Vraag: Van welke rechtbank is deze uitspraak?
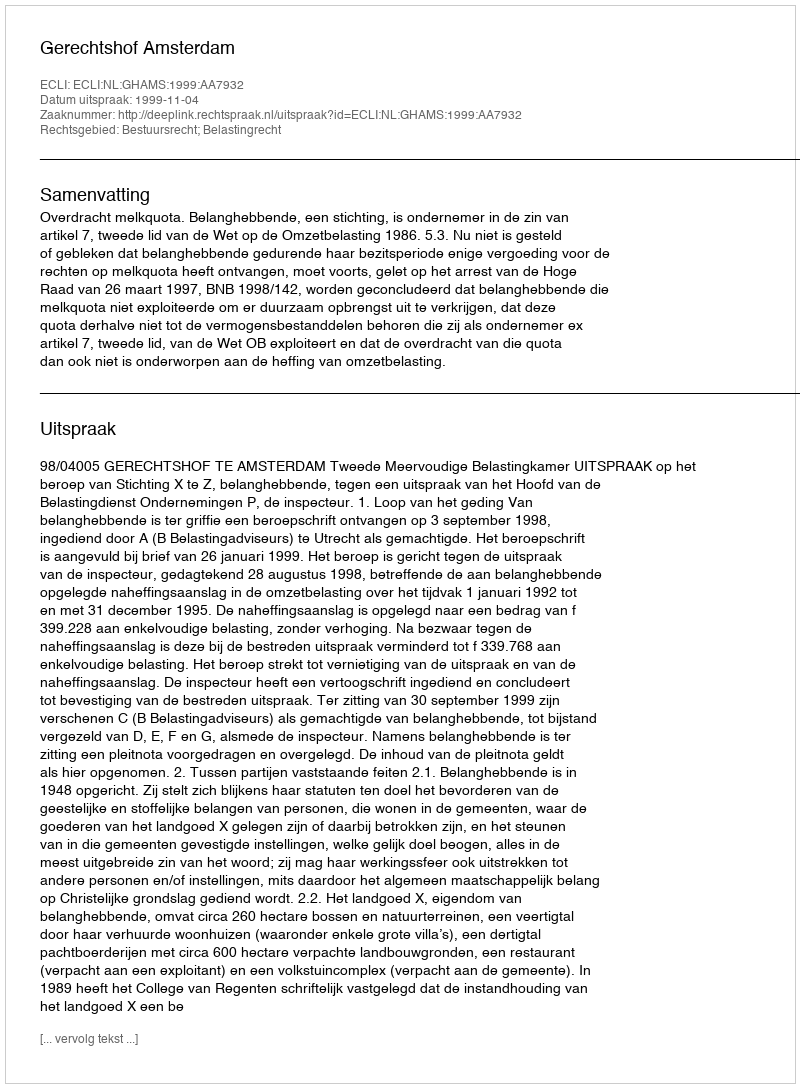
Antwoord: Gerechtshof Amsterdam